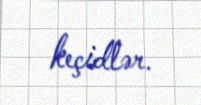
keçidlər.